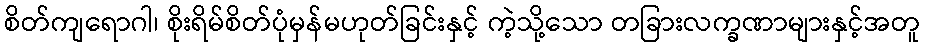
စိတ်ကျရောဂါ၊ စိုးရိမ်စိတ်ပုံမှန်မဟုတ်ခြင်းနှင့် ကဲ့သို့သော တခြားလက္ခဏာများနှင့်အတူ